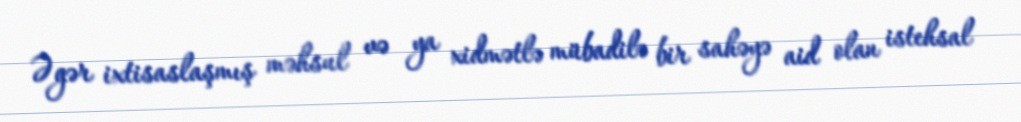
Əgər ixtisaslaşmış məhsul və ya xidmətlə mübadilə bir sahəyə aid olan istehsal